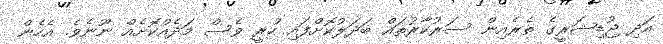
އަދި ޖުޑިޝަރީގެ ތެރެއިން ސަރުކާރުތައް ބަދަލުކޮށްފައި ހުރީ ވެސް މަދެއްކޮށެއް ނޫނެވެ. އެހެން